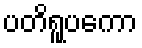
ပတိရူပကော